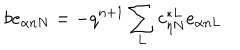
b e _ { \alpha n N } = - q ^ { n + 1 } \sum _ { L } c _ { \eta N } ^ { * L } e _ { \alpha n L }